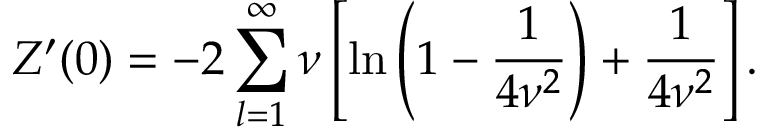
Z ^ { \prime } ( 0 ) = - 2 \sum _ { l = 1 } ^ { \infty } \nu \left[ \ln \left( 1 - \frac { 1 } { 4 \nu ^ { 2 } } \right) + \frac { 1 } { 4 \nu ^ { 2 } } \right] { . }